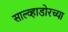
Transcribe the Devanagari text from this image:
साल्व्हाडोरच्या